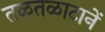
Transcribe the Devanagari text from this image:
तळतळाटानें